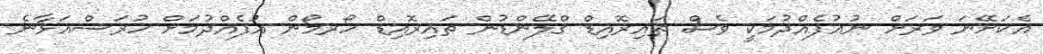
އެކަށޭނަ ވަރަށް ނުއުފެއްދުމަކީ ވެސް ތައިރޮއިޑް ގްލޭންޑުން ތައިރޮއިޑް ހޯރމޯން އުފެއްދުމަށް ހުރަސްއަޅާނެ